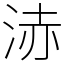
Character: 浾